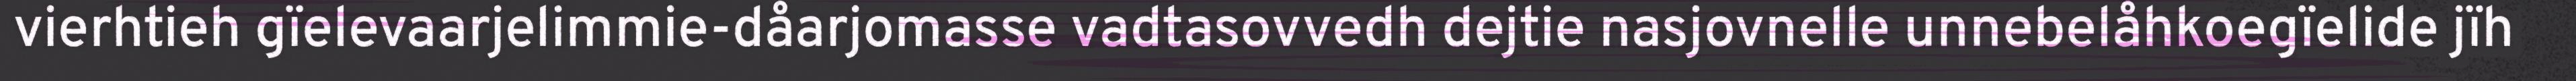
vierhtieh gïelevaarjelimmie-dåarjomasse vadtasovvedh dejtie nasjovnelle unnebelåhkoegïelide jïh